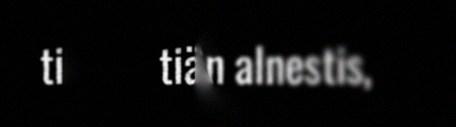
tiäđulâžžân alnestis,